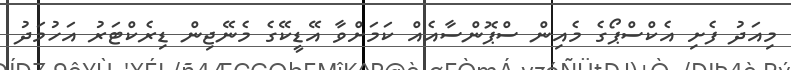
މިއަދު ފެށި އެކްސްޕޯގެ މެއިން ސްޕޮންސާއެއް ކަމަށްވާ އޭޑީކޭގެ މެނޭޖިން ޑިރެކްޓަރު އަހުމަދު